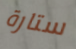
ستارة